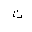
Letter: _ta